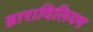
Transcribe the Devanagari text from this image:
द्वाराविलियम